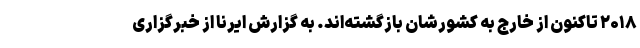
۲۰۱۸ تاکنون از خارج به کشورشان بازگشته‌اند. به گزارش ایرنا از خبرگزاری